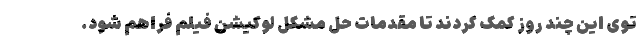
توی این چند روز کمک کردند تا مقدمات حل مشکل لوکیشن فیلم فراهم شود.